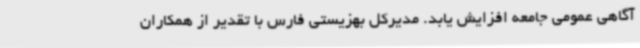
آگاهی عمومی جامعه افزایش یابد. مدیرکل بهزیستی فارس با تقدیر از همکاران